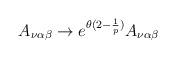
LaTeX: \begin{align*}A_{\nu \alpha \beta} \rightarrow e^{\theta (2-\frac {1}{p})} A_{\nu \alpha \beta}\end{align*}